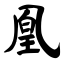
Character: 凰